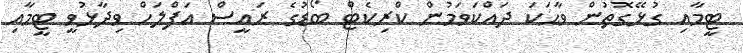
ޓީމާއި ގުޅޭގޮތުން ވާޙަކަ ދައްކަވަމުން ކްރިކެޓް ބޯޑުގެ ރައީސް އަފްލަހް ވިދާޅުވީ ޓީމާއި